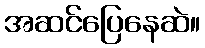
အဆင်ပြေနေဆဲ။